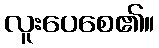
လူးပေစေ၏။